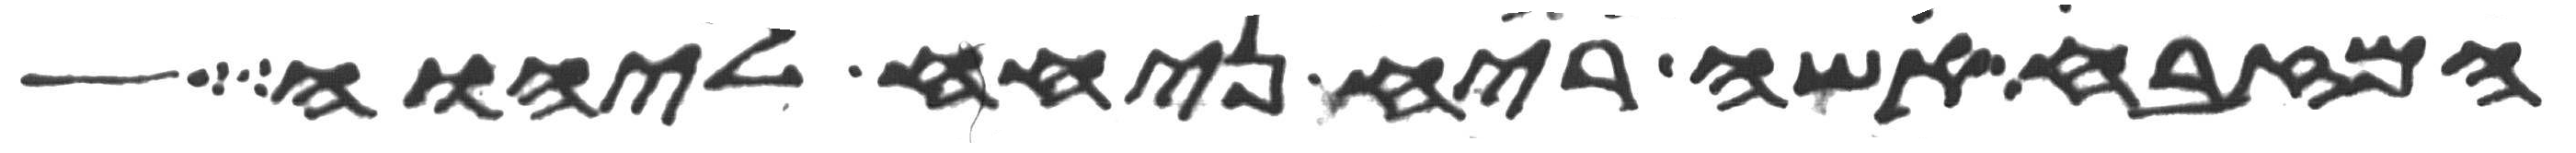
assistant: המזבח אשה ריח ניחח ליהוה